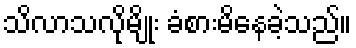
သိလာသလိုမျိုး ခံစားမိနေခဲ့သည်။